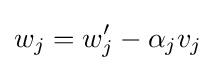
w_{j}=w_{j}'-\alpha _{j}v_{j}